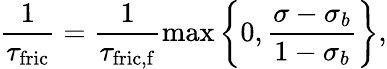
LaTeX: \frac{1}{\tau_{\mathrm{fric}}}=\frac{1}{\tau_{\mathrm{fric,f}}}\operatorname*{max}\left\{ 0,\frac{\sigma-\sigma_{b}}{1-\sigma_{b}}\right\} ,